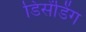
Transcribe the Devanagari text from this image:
डिसेंडिंग